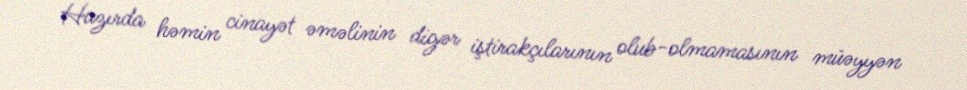
Hazırda həmin cinayət əməlinin digər iştirakçılarının olub-olmamasının müəyyən